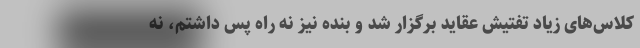
کلاس‌های زیاد تفتیش عقاید برگزار شد و بنده نیز نه راه پس داشتم، نه